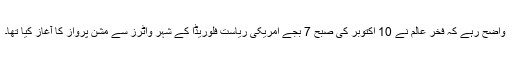
واضح رہے کہ فخرِ عالم نے 10 اکتوبر کی صبح 7 بجے امریکی ریاست فلوریڈا کے شہر واٹرز سے مشن پرواز کا آغاز کیا تھا۔